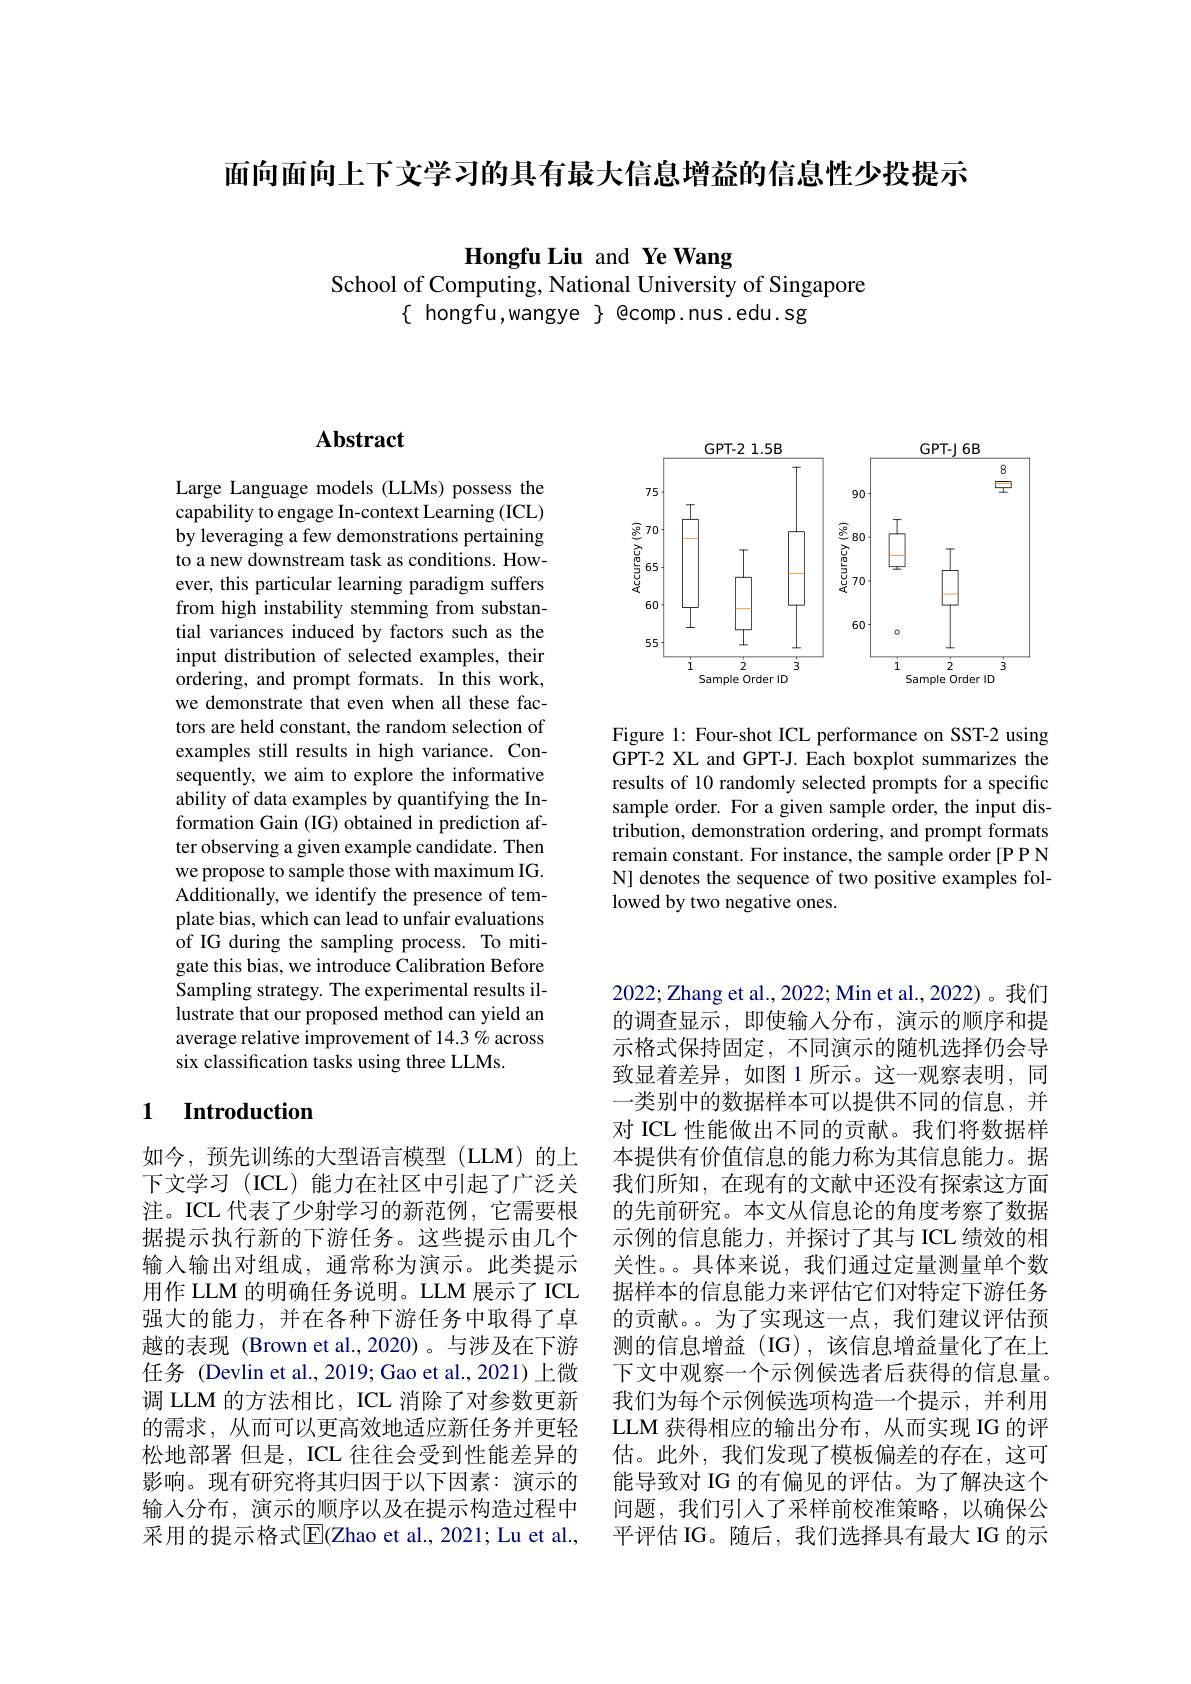
面向面向上下文学习的具有最大信息增益的信息性少投提示

Hongfu Liu and Ye Wang
School of Computing, National University of Singapore

$\{$ hongfu,wangye $\}$ @comp.nus.edu.sg

<FigureHere>

Figure 1: Four-shot ICL performance on SST-2 using GPT-2 XL and GPT-J. Each boxplot summarizes the results of 10 randomly selected prompts for a specific sample order. For a given sample order, the input distribution, demonstration ordering, and prompt formats remain constant. For instance, the sample order [P P N N] denotes the sequence of two positive examples followed by two negative ones.

## Abstract

Large Language models (LLMs) possess the capability to engage In-context Learning (ICL) by leveraging a few demonstrations pertaining to a new downstream task as conditions. However, this particular learning paradigm suffers from high instability stemming from substantial variances induced by factors such as the input distribution of selected examples, their ordering, and prompt formats. In this work, we demonstrate that even when all these factors are held constant, the random selection of examples still results in high variance. Consequently, we aim to explore the informative ability of data examples by quantifying the Information Gain (IG) obtained in prediction after observing a given example candidate. Then we propose to sample those with maximum IG. Additionally, we identify the presence of template bias, which can lead to unfair evaluations of IG during the sampling process. To mitigate this bias, we introduce Calibration Before Sampling strategy. The experimental results illustrate that our proposed method can yield an average relative improvement of 14.3 % across six classification tasks using three LLMs.

## 1 Introduction

如今，预先训练的大型语言模型(LLM)的上下文学习 (ICL)能力在社区中引起了广泛关注。ICL 代表了少射学习的新范例，它需要根据提示执行新的下游任务。这些提示由几个输入输出对组成，通常称为演示。此类提示用作 LLM 的明确任务说明。LLM 展示了 ICL 强大的能力，并在各种下游任务中取得了卓越的表现 (Brown et al.,2020)。与涉及在下游任务 (Devlin et al.,2019;Gao et al.,2021)上微调 LLM 的方法相比，ICL 消除了对参数更新的需求，从而可以更高效地适应新任务并更轻松地部署 但是，ICL 往往会受到性能差异的影响。现有研究将其归因于以下因素：演示的输入分布，演示的顺序以及在提示构造过程中采用的提示格式$\overline{\mathrm{E}}($Zhao et al., 2021; Lu et al.,

2022; Zhang et al., 2022; Min et al., 2022)。我们的调查显示，即使输入分布，演示的顺序和提示格式保持固定，不同演示的随机选择仍会导致显着差异，如图 1 所示。这一观察表明，同一类别中的数据样本可以提供不同的信息，并对 ICL 性能做出不同的贡献。我们将数据样本提供有价值信息的能力称为其信息能力。据我们所知，在现有的文献中还没有探索这方面的先前研究。本文从信息论的角度考察了数据示例的信息能力，并探讨了其与 ICL 绩效的相关性。。具体来说，我们通过定量测量单个数据样本的信息能力来评估它们对特定下游任务的贡献。。为了实现这一点，我们建议评估预测的信息增益(IG),该信息增益量化了在上下文中观察一个示例候选者后获得的信息量。我们为每个示例候选项构造一个提示，并利用LLM 获得相应的输出分布，从而实现 IG 的评估。此外，我们发现了模板偏差的存在，这可能导致对 IG 的有偏见的评估。为了解决这个问题，我们引人了采样前校准策略，以确保公平评估 IG。随后，我们选择具有最大 IG 的示